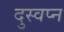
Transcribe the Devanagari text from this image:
दुस्वप्न